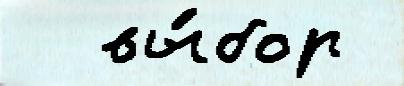
  вы́бор